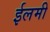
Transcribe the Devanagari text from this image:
ईलमी